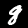
Label: 8